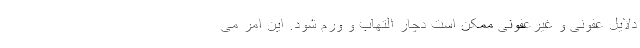
دلایل عفونی و غیرعفونی ممکن است دچار التهاب و ورم شود. این امر می